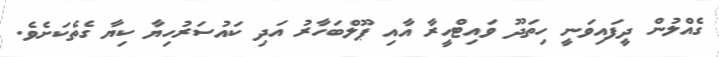
ގެއްލުން ދީފައިވަނީ ހިތަދޫ ވައިޓްހީރާ އާއި ޕޫލްބަހާރު އަދި ކައުސަރުހިޔާ ކިޔާ ގެތެކަށެވެ.